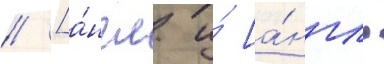
// [а́нгл. и́ [а́нгл.